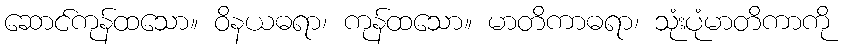
ဆောင်ကုန်ထသော။ ဝိနယဓရာ၊ ကုန်ထသော။ မာတိကာဓရာ၊ သုံးပုံမာတိကာကို